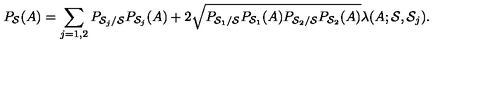
P _ { { \cal S } } ( A ) = \sum _ { j = 1 , 2 } P _ { { \cal S } _ { j } / { \cal S } } P _ { { \cal S } _ { j } } ( A ) + 2 \sqrt { P _ { { \cal S } _ { 1 } / { \cal S } } P _ { { \cal S } _ { 1 } } ( A ) P _ { { \cal S } _ { 2 } / { \cal S } } P _ { { \cal S } _ { 2 } } ( A ) } \lambda ( A ; { \cal S } , { \cal S } _ { j } ) .